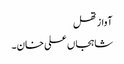
آواز تھل
شاہجاں علی خان۔